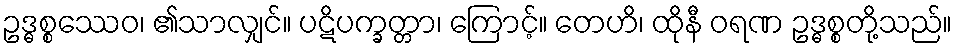
ဥဒ္ဓစ္စဿေဝ၊ ၏သာလျှင်။ ပဋိပက္ခတ္တာ၊ ကြောင့်။ တေဟိ၊ ထိုနီ ဝရဏ ဥဒ္ဓစ္စတို့သည်။